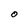
Character: 0